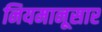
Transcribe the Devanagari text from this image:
नियमानूसार